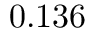
0 . 1 3 6